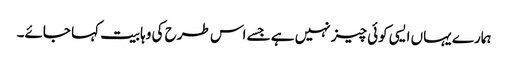
ہمارے یہاں ایسی کوئی چیز نہیں ہے جسے اس طرح کی وہابیت کہا جائے۔